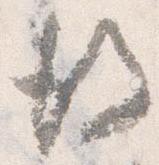
後